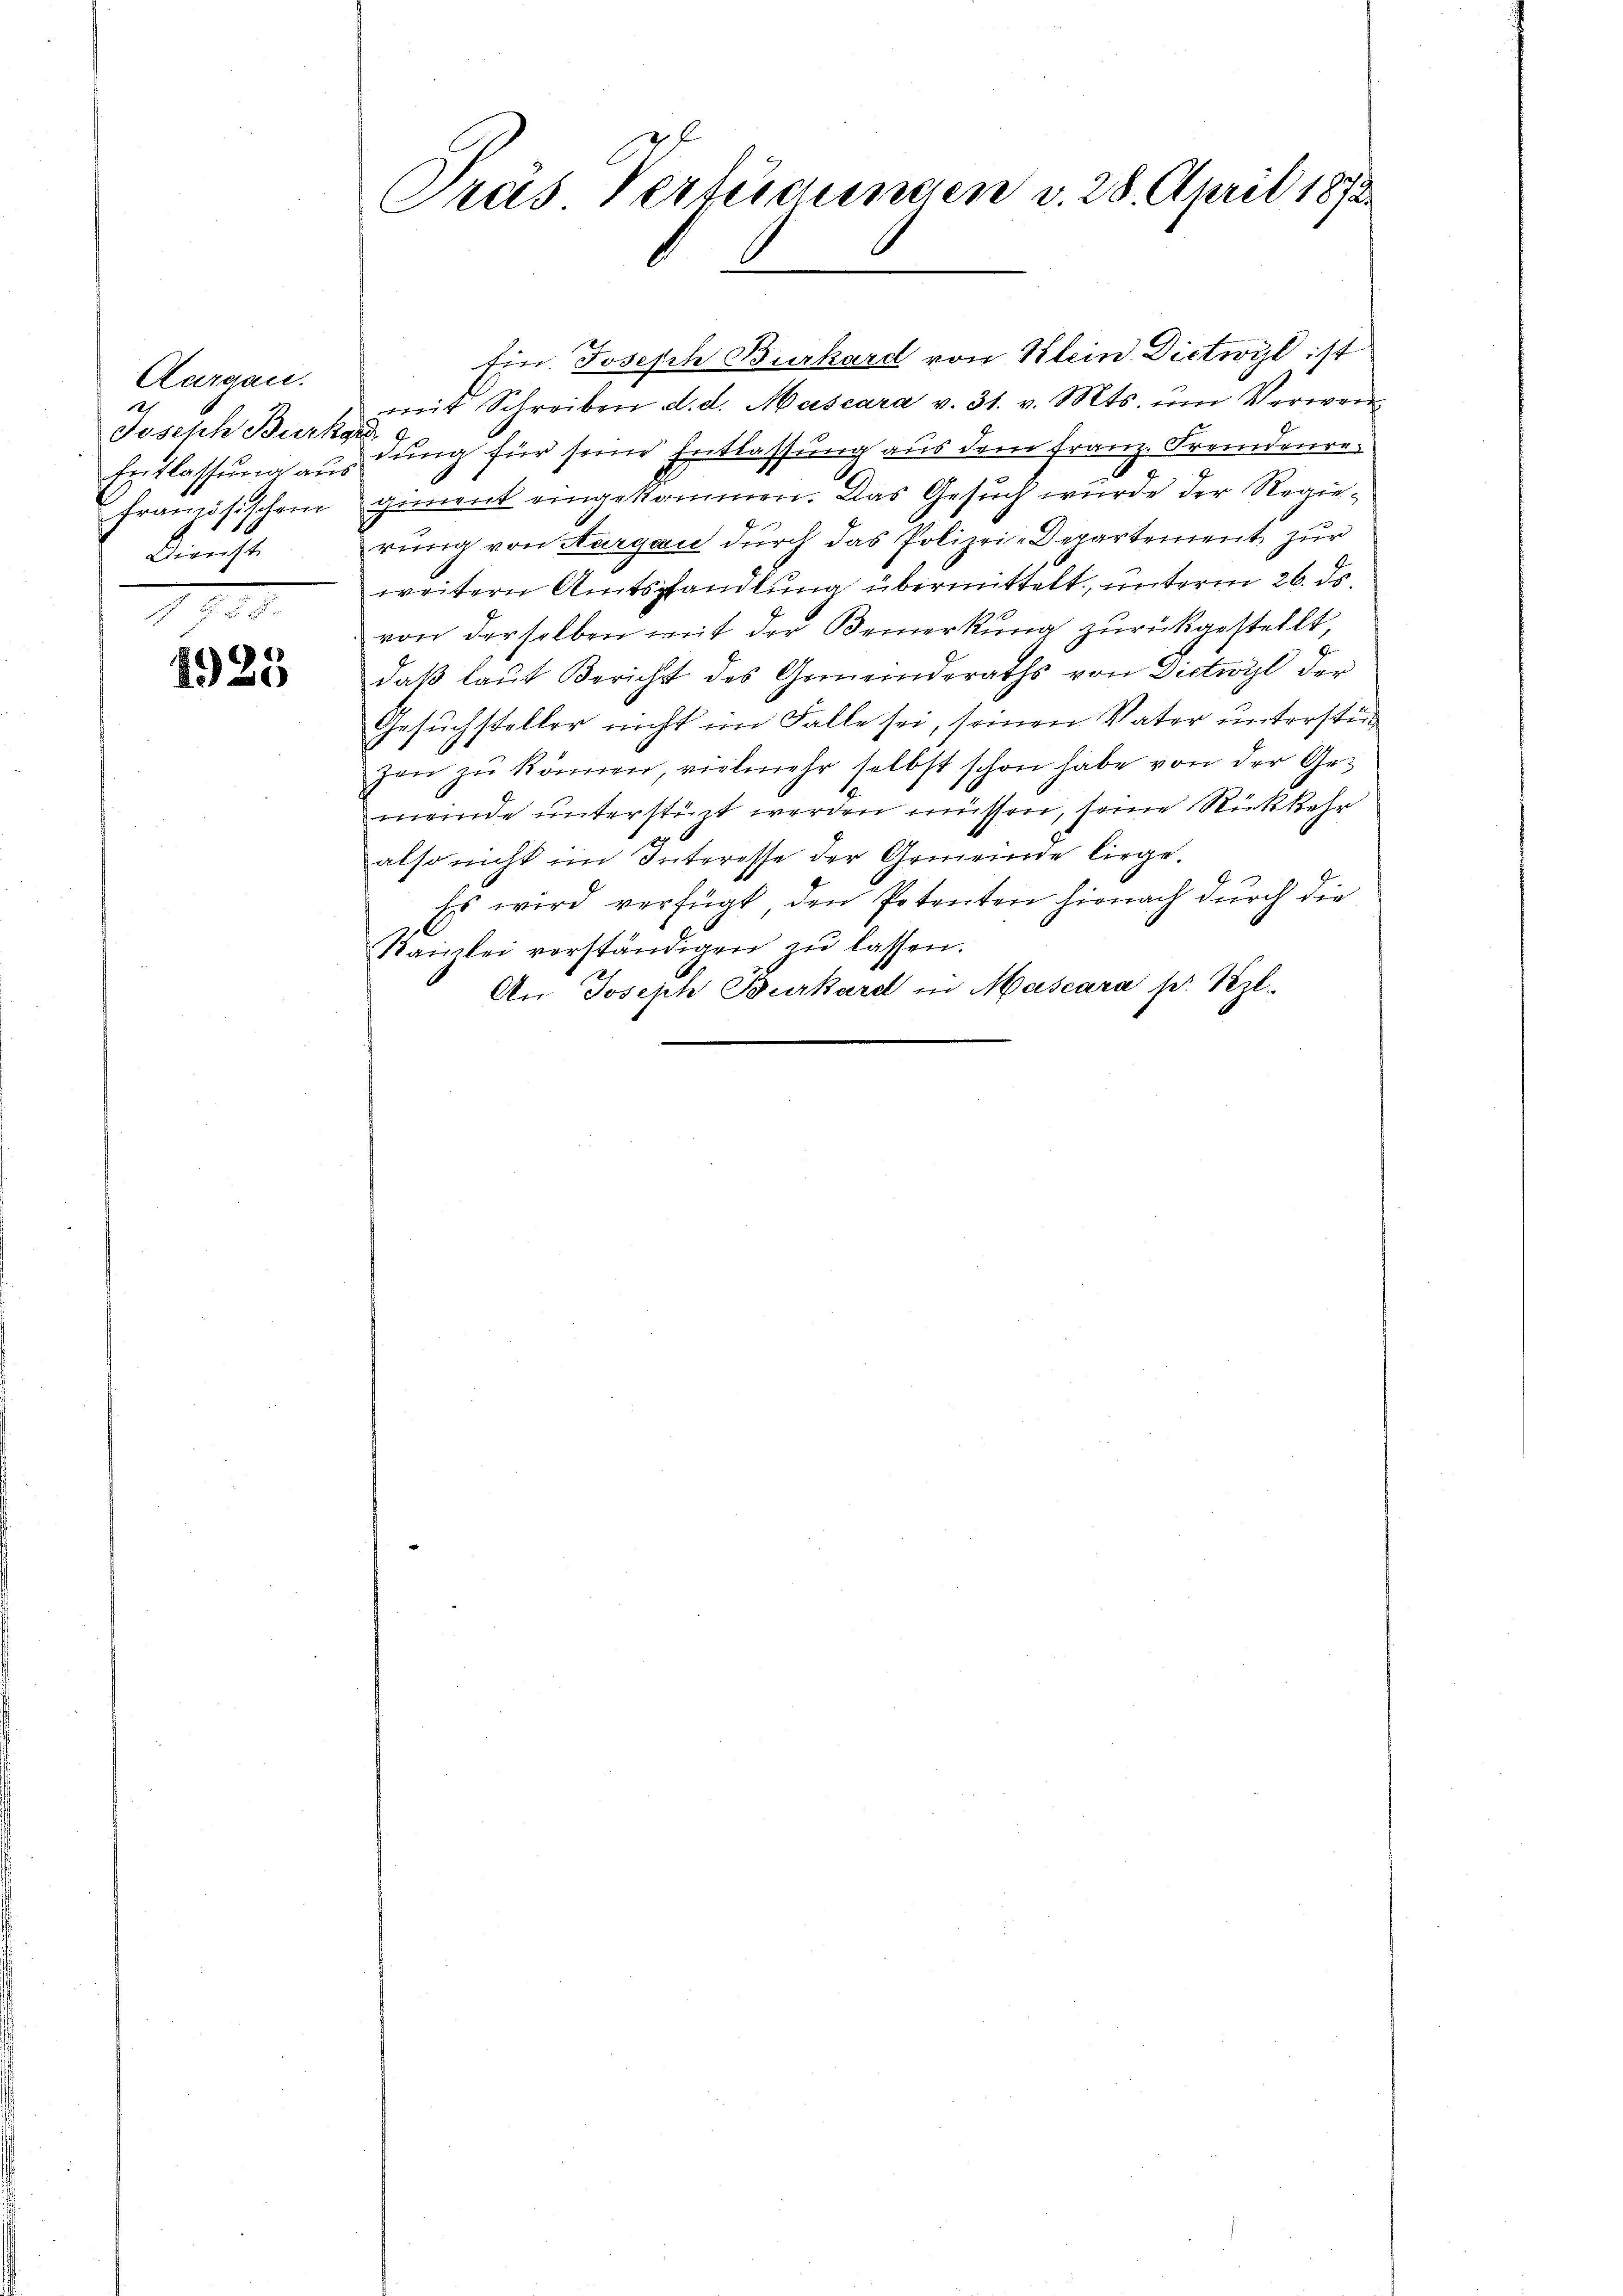
Aargau.
Joseph Burka
französischen
Dienst.

1925

Pras Verfügungen v. 28. April 1873.

Ein. Joseph Burkard von Klein Dietwyl ist
mit Schreiben d. d. Mascara v. 31. v. Mts. ŭm Verwen-
Entlassung aus dung für seine Entlassung aus dem Franz. Fremdenre¬
6
giment eingekommen. Das Gesuch wurde der Regierung von Aargau durch das Polizei-Departement zur
weitern Amtshandlung übermittelt, unterm 26. ds.
von derselben mit der Bemerkung zurückgestellt,
daß laut Bericht des Gemeinderaths von Dietwyl der
Gesuchsteller nicht im Falle sei, seinen Vater unterstinzen zu können, vielmehr selbst schon habe von der Gemeinde unterstüzt werden müssen, seine Rückkehr
also nicht im Interesse der Gemeinde liege.
Es wird verfügt, den Petenten hienach durch die
Kanzlei verständigen zŭ lassen.
An Joseph Burkard in Mascara pr. Kzl.